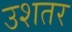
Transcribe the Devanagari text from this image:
उशतर